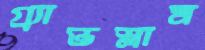
গ্র্যান্ডস্লাম